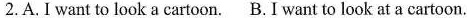
2.A.I want to look a cartoon. B.I want to look at a cartoon.